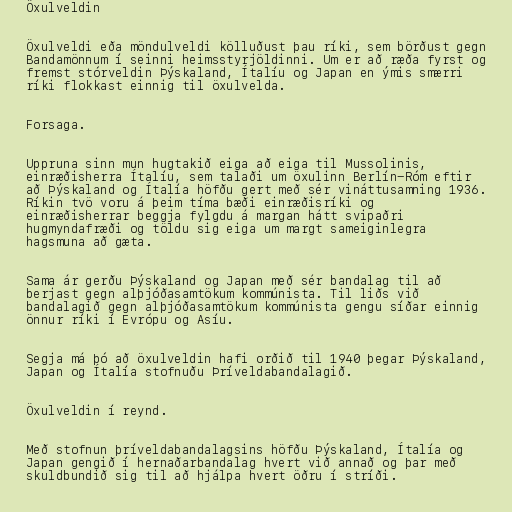
Öxulveldin

Öxulveldi eða möndulveldi kölluðust þau ríki, sem börðust gegn
Bandamönnum í seinni heimsstyrjöldinni. Um er að ræða fyrst og
fremst stórveldin Þýskaland, Ítalíu og Japan en ýmis smærri
ríki flokkast einnig til öxulvelda.

Forsaga.

Uppruna sinn mun hugtakið eiga að eiga til Mussolinis,
einræðisherra Ítalíu, sem talaði um öxulinn Berlín-Róm eftir
að Þýskaland og Ítalía höfðu gert með sér vináttusamning 1936.
Ríkin tvö voru á þeim tíma bæði einræðisríki og
einræðisherrar beggja fylgdu á margan hátt svipaðri
hugmyndafræði og töldu sig eiga um margt sameiginlegra
hagsmuna að gæta.

Sama ár gerðu Þýskaland og Japan með sér bandalag til að
berjast gegn alþjóðasamtökum kommúnista. Til liðs við
bandalagið gegn alþjóðasamtökum kommúnista gengu síðar einnig
önnur ríki í Evrópu og Asíu.

Segja má þó að öxulveldin hafi orðið til 1940 þegar Þýskaland,
Japan og Ítalía stofnuðu Þríveldabandalagið.

Öxulveldin í reynd.

Með stofnun þríveldabandalagsins höfðu Þýskaland, Ítalía og
Japan gengið í hernaðarbandalag hvert við annað og þar með
skuldbundið sig til að hjálpa hvert öðru í stríði.